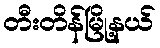
တီးတိန်မြို့နယ်